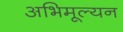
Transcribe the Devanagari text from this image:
अभिमूल्यन